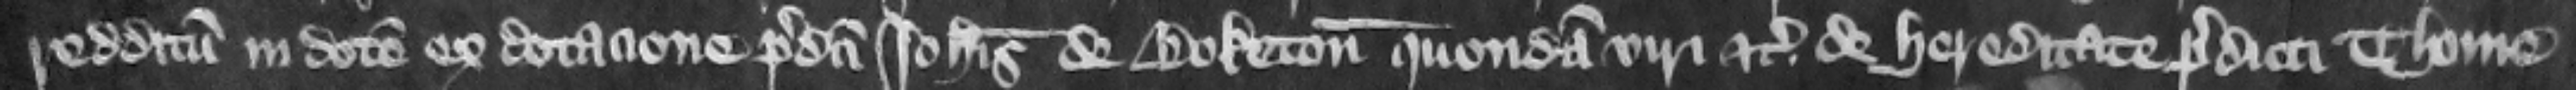
redditum in dotem ex dotacione predicti Iohannis de Boketon quondam viri etc. de hereditate predicti Thome